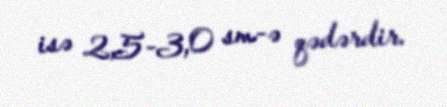
isə 2,5-3,0 sm-ə qədərdir.